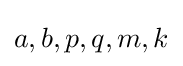
a,b,p,q,m,k